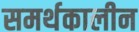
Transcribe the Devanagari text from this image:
समर्थकालीन